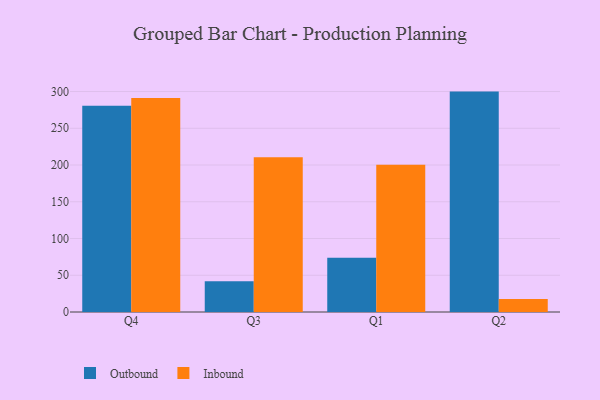
{"axis": {"x": "Quarter", "y": "Shipments"}, "legend": ["Inbound", "Outbound"], "data": [{"x": "Q4", "y": 280.5, "type": "Outbound"}, {"x": "Q4", "y": 291.2, "type": "Inbound"}, {"x": "Q3", "y": 41.7, "type": "Outbound"}, {"x": "Q3", "y": 210.4, "type": "Inbound"}, {"x": "Q1", "y": 73.9, "type": "Outbound"}, {"x": "Q1", "y": 200.4, "type": "Inbound"}, {"x": "Q2", "y": 299.9, "type": "Outbound"}, {"x": "Q2", "y": 17.8, "type": "Inbound"}]}